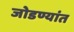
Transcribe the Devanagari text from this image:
जोडण्यांत